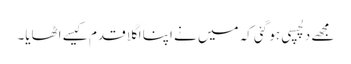
مجھے دلچسپی ہو گئی کہ میں نے اپنا اگلا قدم کیسے اٹھایا۔